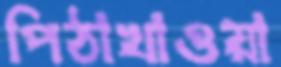
পিঠাখাওয়া